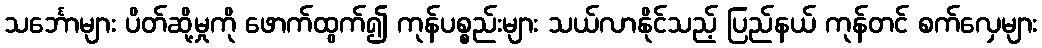
သင်္ဘောများ ပိတ်ဆို့မှုကို ဖောက်ထွက်၍ ကုန်ပစ္စည်းများ သယ်လာနိုင်သည့် ပြည်နယ် ကုန်တင် စက်လှေများ